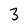
Character: 3